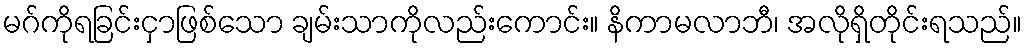
မဂ်ကိုရခြင်းငှာဖြစ်သော ချမ်းသာကိုလည်းကောင်း။ နိကာမလာဘီ၊ အလိုရှိတိုင်းရသည်။